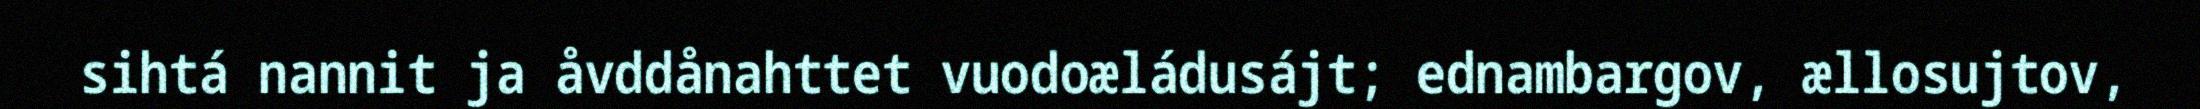
sihtá nannit ja åvddånahttet vuodoæládusájt; ednambargov, ællosujtov,